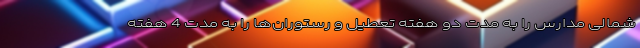
شمالی مدارس را به مدت دو هفته تعطیل و رستوران‌ها را به مدت 4 هفته